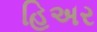
હિઅર